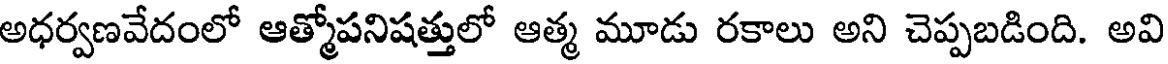
అధర్వణవేదంలో ఆత్మోపనిషత్తులో ఆత్మ మూడు రకాలు అని చెప్పబడింది. అవి